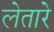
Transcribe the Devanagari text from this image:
लेतारे